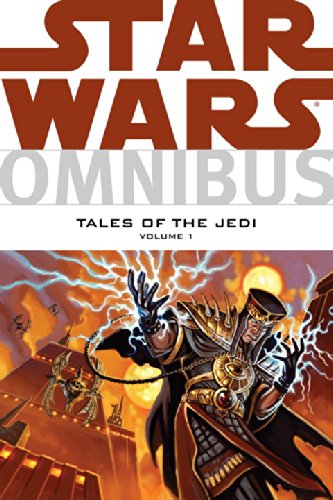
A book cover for Star Wars Omnibus: Tales of the Jedi, Vol. 1; Various; Teen & Young Adult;